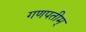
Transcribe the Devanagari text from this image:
गणपतीम्